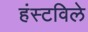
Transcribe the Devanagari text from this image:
हंस्टविले